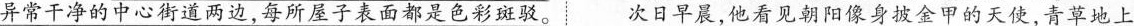
异常干净的中心街道两边，每所屋子表面都是色彩斑驳。次日早晨，他看见朝阳像身披金甲的天使，青草地上